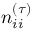
n _ { i i } ^ { ( \tau ) }